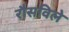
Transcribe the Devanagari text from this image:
रौसविले